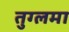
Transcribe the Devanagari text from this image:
तुग्लमा